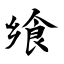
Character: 飨